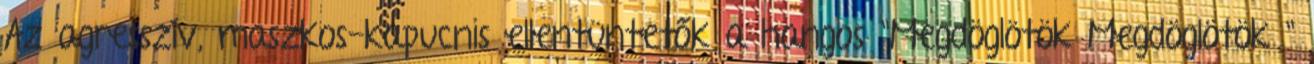
Az agresszív, maszkos-kapucnis ellentüntetők a hangos "Megdöglötök Megdöglötök "